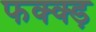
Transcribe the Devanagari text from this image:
फक्क्ड़